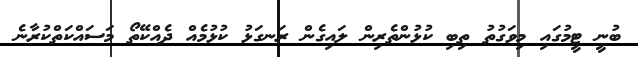
ބުނީ ޓީމުގައި މިވަގުތު ތިބި ކުޅުންތެރިން ލައިގެން ރަނގަޅު ކުޅުމެއް ދެއްކޭތޯ މަސައްކަތްކުރާނެ